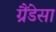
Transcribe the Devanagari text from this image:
ग्रैंडेसा